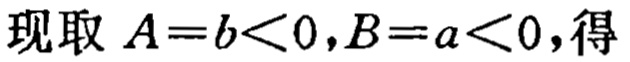
现取 \(A = b < 0,B = a < 0\)，得